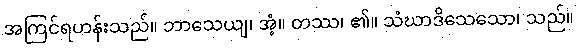
အကြင်ရဟန်းသည်။ ဘာသေယျ၊ အံ့။ တဿ၊ ၏။ သံဃာဒိသေသော၊ သည်။